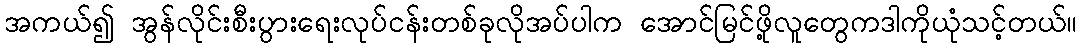
အကယ်၍ အွန်လိုင်းစီးပွားရေးလုပ်ငန်းတစ်ခုလိုအပ်ပါက အောင်မြင်ဖို့လူတွေကဒါကိုယုံသင့်တယ်။